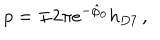
p = \mp 2 \pi e ^ { - \hat { \varphi } _ { 0 } } h _ { D 7 } \, ,